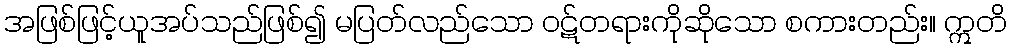
အဖြစ်ဖြင့်ယူအပ်သည်ဖြစ်၍ မပြတ်လည်သော ဝဋ်တရားကိုဆိုသော စကားတည်း။ ဣတိ